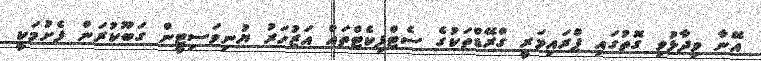
އޭނާ ވިދާޅުވި ގޮތުގައި ޕްރައިމަރީ ގްރޭޑްތަކުގެ ސެޓްފިކެޓްތައް އަޒުހަރު ޔުނިވަސިޓީން ގަބޫކުރަން ފެށުމަކީ